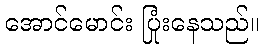
အောင်မောင်း ပြုံးနေသည်။